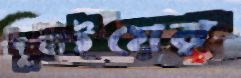
দুবাইয়ের